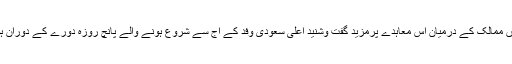
دونوں ممالک کے درمیان اس معاہدے پرمزید گفت وشنید اعلی سعودی وفد کے آج سے شروع ہونے والے پانچ روزہ دورے کے دوران ہوگی۔